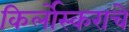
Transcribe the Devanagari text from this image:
किर्लोस्कराचे